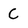
Character: C